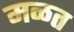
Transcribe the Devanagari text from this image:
मळत